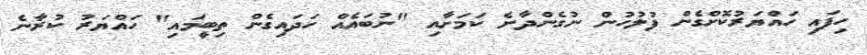
ހިފައި ހައްޔަރުކޮށްގެން ފުލުހުން ނުގެންދާނެ ކަމަށާއި "ނުބައެއް ހަދައިގެން ތިބީމައި" ހައްޔަރު ކުރާނެ